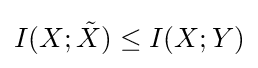
I(X;{\tilde {X}})\leq I(X;Y)